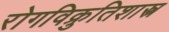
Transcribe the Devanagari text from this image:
रोगविक्रुतिशास्त्र